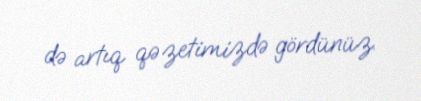
də artıq qəzetimizdə gördünüz.